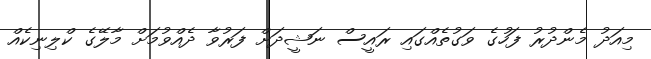
މިއަދު މެންދުރު ފަހުގެ ވަގުތެއްގައި ރައީސް ނަޝީދަށް ފަރުވާ ދެއްވުމަށް މާލޭގެ ކްލިނިކެއް